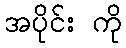
အပိုင်း ကို